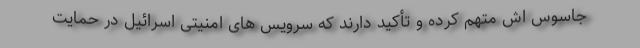
جاسوس اش متهم کرده و تأکید دارند که سرویس های امنیتی اسرائیل در حمایت